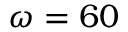
\omega = 6 0